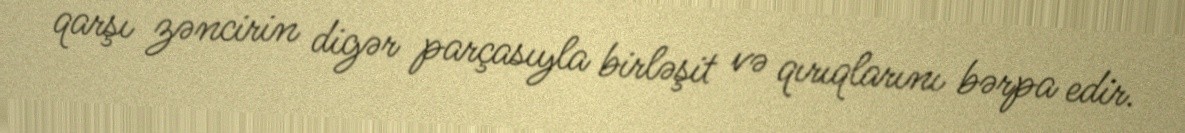
qarşı zəncirin digər parçasıyla birləşit və qırıqlarını bərpa edir.